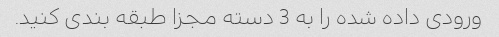
ورودی داده شده را به 3 دسته مجزا طبقه بندی کنید.